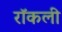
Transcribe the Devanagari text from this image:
रॉकली